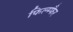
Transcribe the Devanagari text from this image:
फिल्म्फैर